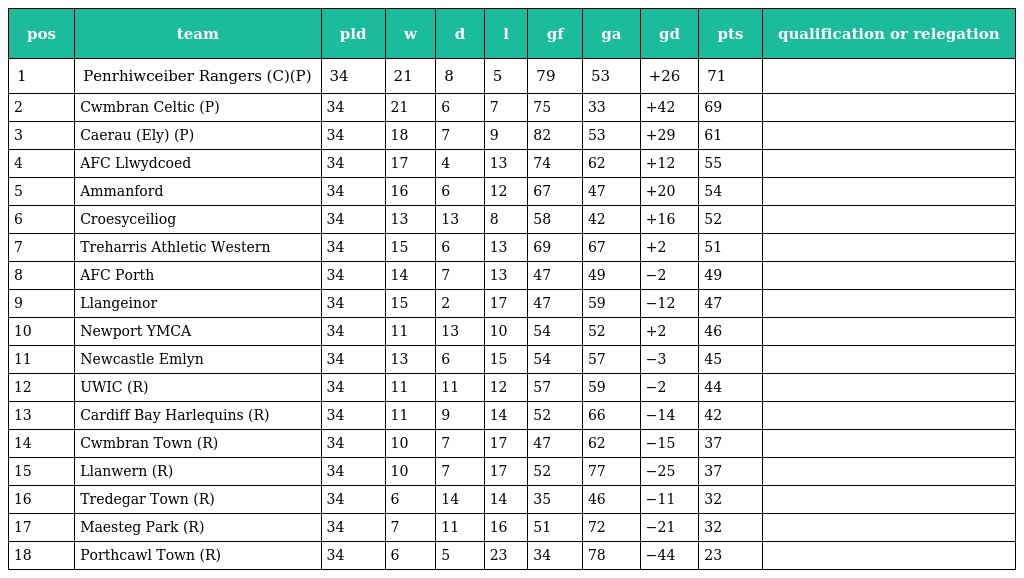
| pos | team | pld | w | d | l | gf | ga | gd | pts | qualification or relegation |
 | --- | --- | --- | --- | --- | --- | --- | --- | --- | --- | --- |
 | 1 | Penrhiwceiber Rangers (C)(P) | 34 | 21 | 8 | 5 | 79 | 53 | +26 | 71 |  |
 | 2 | Cwmbran Celtic (P) | 34 | 21 | 6 | 7 | 75 | 33 | +42 | 69 |  |
 | 3 | Caerau (Ely) (P) | 34 | 18 | 7 | 9 | 82 | 53 | +29 | 61 |  |
 | 4 | AFC Llwydcoed | 34 | 17 | 4 | 13 | 74 | 62 | +12 | 55 |  |
 | 5 | Ammanford | 34 | 16 | 6 | 12 | 67 | 47 | +20 | 54 |  |
 | 6 | Croesyceiliog | 34 | 13 | 13 | 8 | 58 | 42 | +16 | 52 |  |
 | 7 | Treharris Athletic Western | 34 | 15 | 6 | 13 | 69 | 67 | +2 | 51 |  |
 | 8 | AFC Porth | 34 | 14 | 7 | 13 | 47 | 49 | −2 | 49 |  |
 | 9 | Llangeinor | 34 | 15 | 2 | 17 | 47 | 59 | −12 | 47 |  |
 | 10 | Newport YMCA | 34 | 11 | 13 | 10 | 54 | 52 | +2 | 46 |  |
 | 11 | Newcastle Emlyn | 34 | 13 | 6 | 15 | 54 | 57 | −3 | 45 |  |
 | 12 | UWIC (R) | 34 | 11 | 11 | 12 | 57 | 59 | −2 | 44 |  |
 | 13 | Cardiff Bay Harlequins (R) | 34 | 11 | 9 | 14 | 52 | 66 | −14 | 42 |  |
 | 14 | Cwmbran Town (R) | 34 | 10 | 7 | 17 | 47 | 62 | −15 | 37 |  |
 | 15 | Llanwern (R) | 34 | 10 | 7 | 17 | 52 | 77 | −25 | 37 |  |
 | 16 | Tredegar Town (R) | 34 | 6 | 14 | 14 | 35 | 46 | −11 | 32 |  |
 | 17 | Maesteg Park (R) | 34 | 7 | 11 | 16 | 51 | 72 | −21 | 32 |  |
 | 18 | Porthcawl Town (R) | 34 | 6 | 5 | 23 | 34 | 78 | −44 | 23 |  |